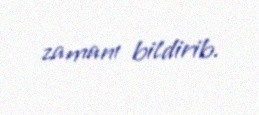
zamanı bildirib.